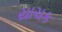
યાચક